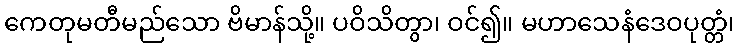
ကေတုမတီမည်သော ဗိမာန်သို့။ ပဝိသိတွာ၊ ဝင်၍။ မဟာသေနံဒေဝပုတ္တံ၊